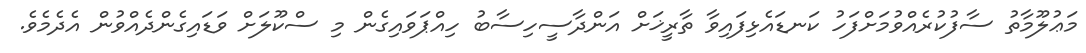
މަޢުލޫމާތު ސާފުކުރެއްވުމަށްފަހު ކަނޑައެޅިފައިވާ ތާރީޚަށް އަންދާސީހިސާބު ހިއްޕަވައިގެން މި ސްކޫލަށް ވަޑައިގެންދެއްވުން އެދެމެވެ.